Document type: Grant
Year: 1310
Scribe: [Unknown]
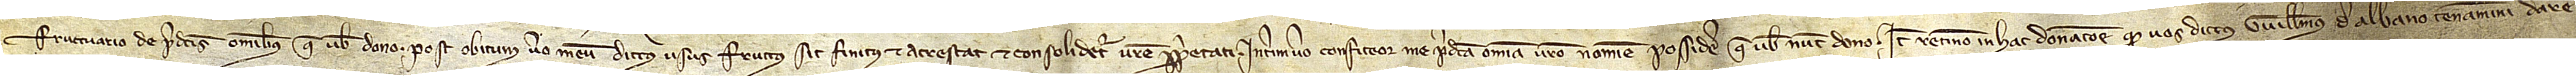
fructuario de predictis omnibus que vobis dono. Post obitum vero meum dictus ususfructus sit finitus et acrescat et consolidetur vestre proprietati. Interim vero confiteor me predicta omnia vestro nomine possidere que vobis nunc dono. Item, retineo in hac donacione quod vos dictus Guillelmus de Albano teneamini dare